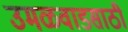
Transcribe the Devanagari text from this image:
उमळवाडसाठी